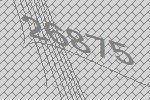
26875